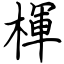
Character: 楎